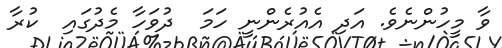
ވާ މީހުންނެވެ. އަދި އެއުރެންނީ ހަމަ  ދުވަހާ މެދުގައި  ކުރާ